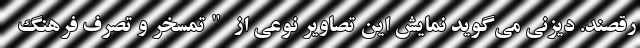
‌رقصند. دیزنی می‌گوید نمایش این تصاویر نوعی از "تمسخر و تصرف فرهنگ